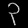
Digit: ၃